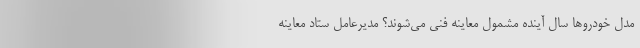
مدل خودروها سال آینده مشمول معاینه فنی می‌شوند؟ مدیرعامل ستاد معاینه